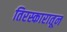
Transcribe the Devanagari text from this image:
तिरस्कारातून